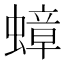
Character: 蟑